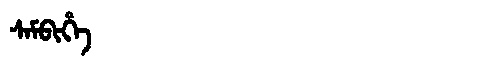
Manchu: ᠰᠠᠮᠪᡳᡥᡝ
Romanization: SAMBIHE